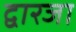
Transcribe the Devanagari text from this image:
द्वारजा